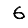
Digit: 6